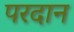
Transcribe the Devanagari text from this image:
परदान